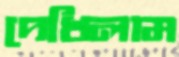
দেখিলাম